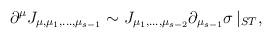
LaTeX: \begin{align*}\partial^\mu J_{\mu,\mu_1,...,\mu_{s-1}}\sim J_{\mu_1,...,\mu_{s-2}}\partial_{\mu_{s-1}}\sigma \, |_{ST},\end{align*}